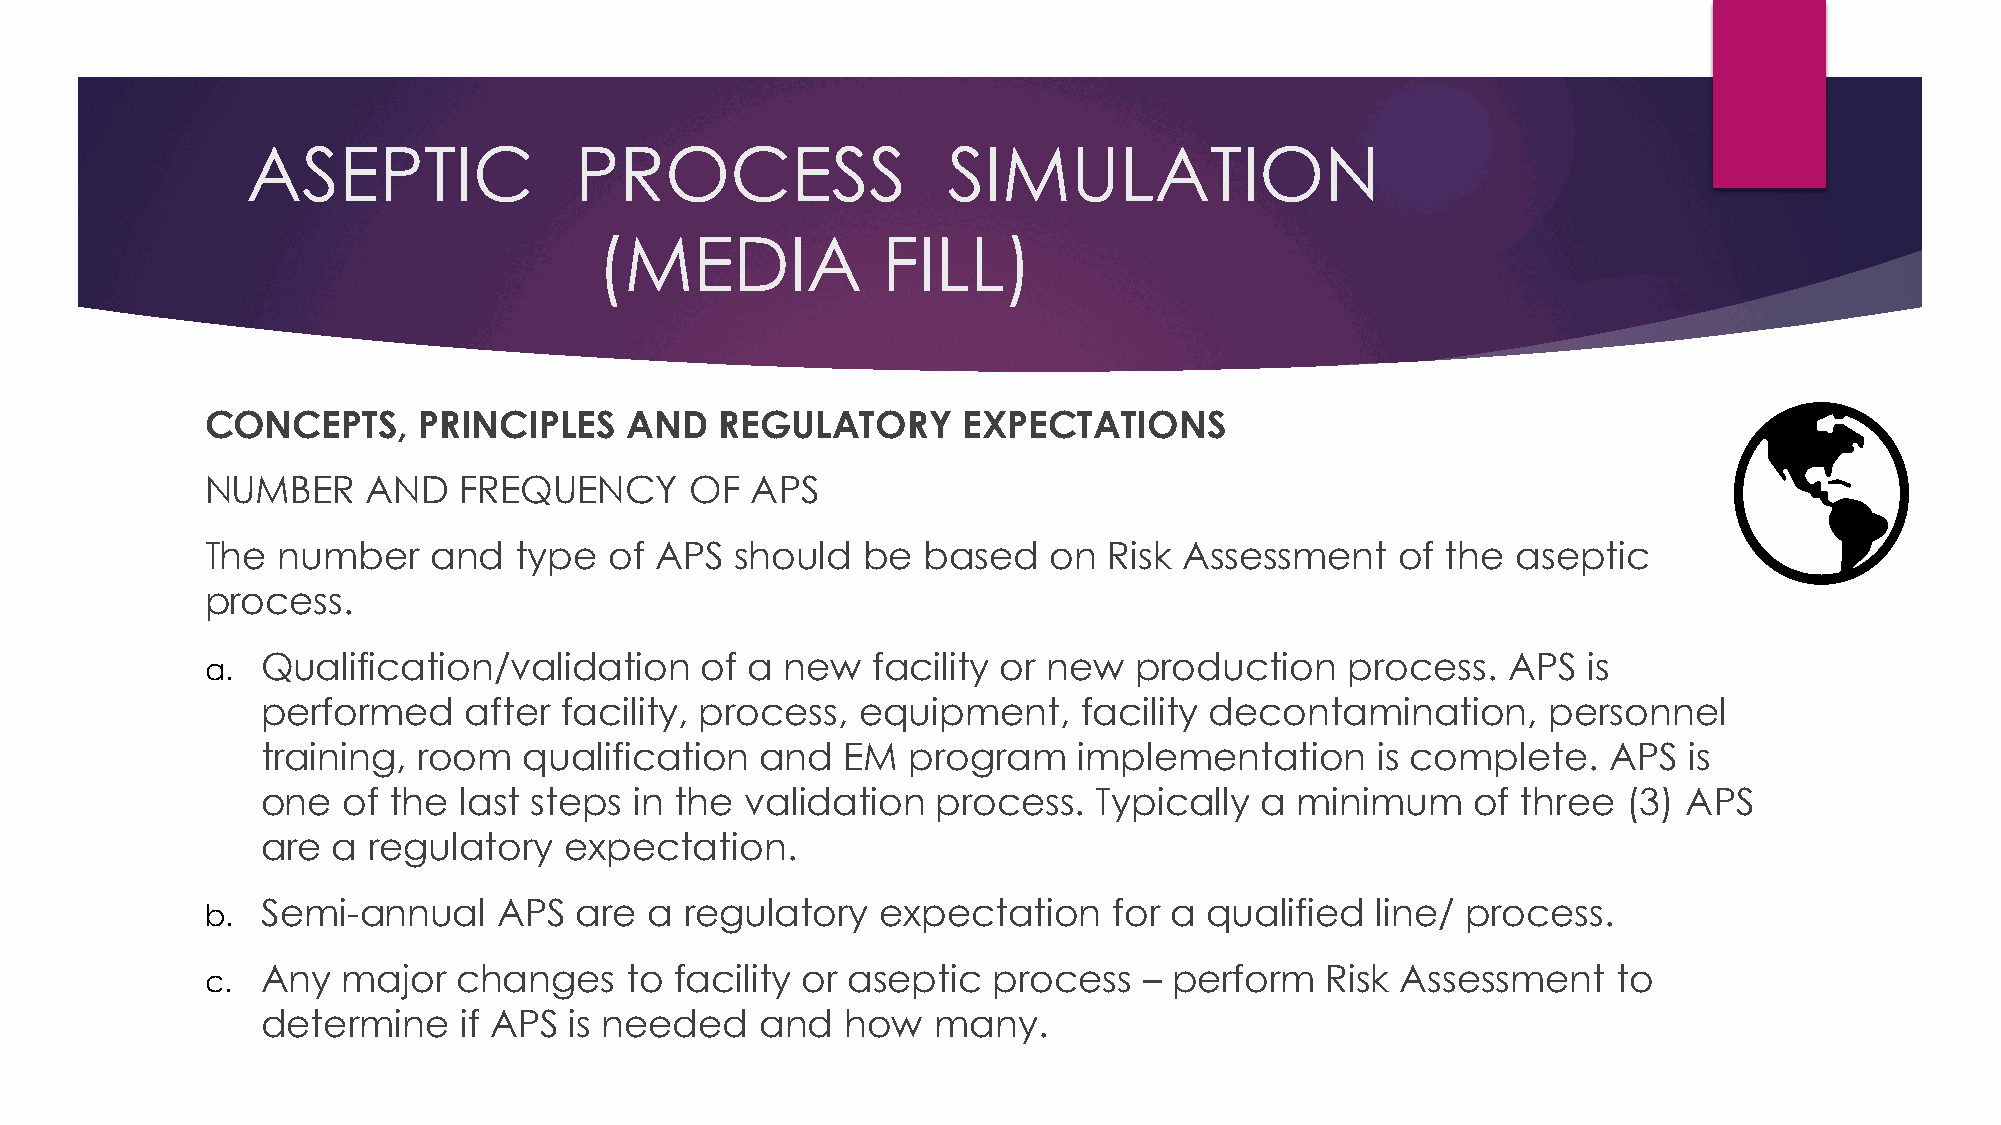
ASEPTIC               PROCESS                  SIMULATION
 (MEDIA             FILL)
 CONCEPTS,     PRINCIPLES   AND    REGULATORY      EXPECTATIONS
 NUMBER    AND   FREQUENCY       OF  APS
 The number     and  type  of APS   should  be  based    on Risk Assessment     of the aseptic
 process.
 a. Qualification/validation     of a  new   facility or new  production    process.   APS  is
 performed     after facility, process,  equipment,     facility decontamination,      personnel
 training,  room   qualification  and   EM  program    implementation      is complete.    APS  is
 one   of the last steps  in the validation   process.   Typically a  minimum     of three  (3) APS
 are  a regulatory   expectation.
 b. Semi-annual     APS  are  a regulatory   expectation     for a qualified  line/ process.
 c. Any   major  changes    to  facility or aseptic  process   – perform   Risk Assessment    to
 determine    if APS  is needed   and   how   many.